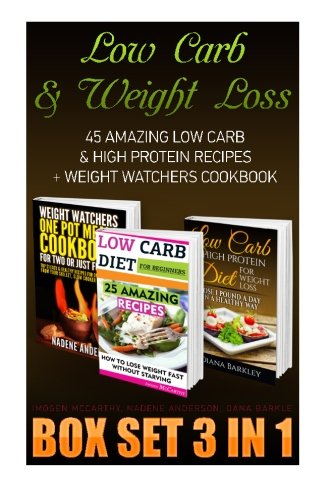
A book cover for Low Carb & Weight Loss Box Set 3 IN 1: 45 Amazing Low Carb & High Protein Recipes + Weight Watchers Cookbook: (Low Carb Diet Books, Low Carbohydrate ... low carb high protein diet) (Volume 4); Imogen McCarthy; Cookbooks, Food & Wine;